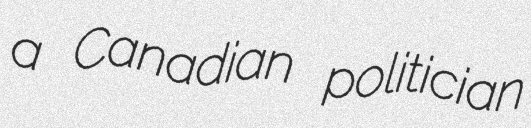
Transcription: a Canadian politician